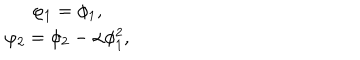
\begin{matrix} { { \varphi _ { 1 } = \phi _ { 1 } , } } \\ { { \varphi _ { 2 } = \phi _ { 2 } - \alpha \phi _ { 1 } ^ { 2 } , } } \\ \end{matrix}